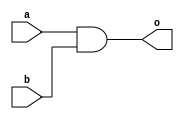
module andfromnand(o,a,b);

    input a,b;
    output o;
    assign o1 = a ~& b;
    assign o = o1 ~& o1;

endmodule